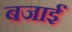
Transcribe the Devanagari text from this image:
बजाईं